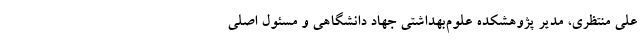
علی منتظری، مدیر پژوهشکده علوم‌بهداشتی جهاد دانشگاهی و مسئول اصلی